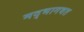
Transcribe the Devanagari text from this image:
मद्भागवत